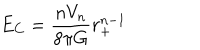
LaTeX: E _ { C } = \frac { n V _ { n } } { 8 \pi G } r _ { + } ^ { n - 1 }